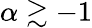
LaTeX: \alpha\gtrsim-1